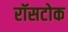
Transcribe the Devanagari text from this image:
रॉसटोक